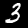
Label: 3